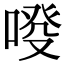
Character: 𠷑